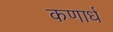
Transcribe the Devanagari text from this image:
कणार्ध